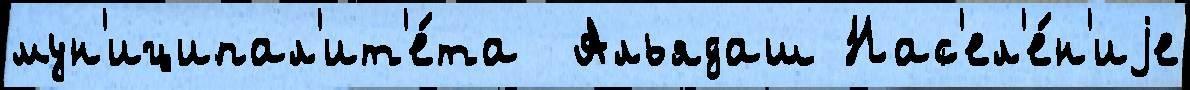
мун'иципал'ит'е́та  Альядаш Нас'ел'е́н'иjе